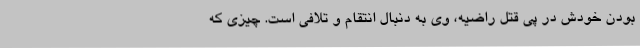
بودن خودش در پی قتل راضیه، وی به دنبال انتقام و تلافی است. چیزی که